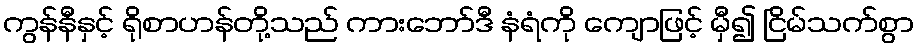
ကွန်နီနှင့် ရိုစာဟန်တို့သည် ကားဘော်ဒီ နံရံကို ကျောဖြင့် မှီ၍ ငြိမ်သက်စွာ